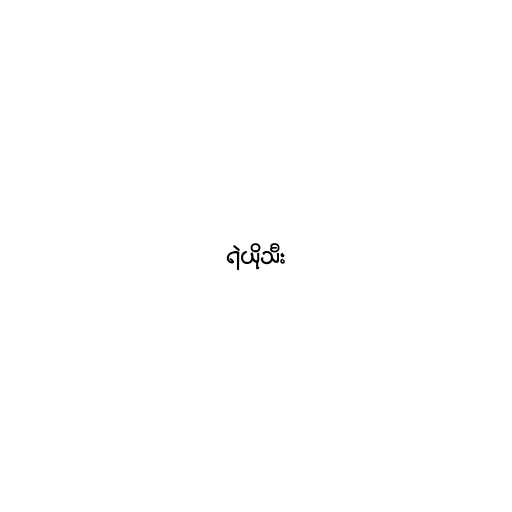
ရဲယိုသီး